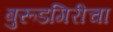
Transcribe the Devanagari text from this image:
बुरूडगिरीचा